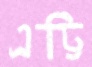
এট্টি